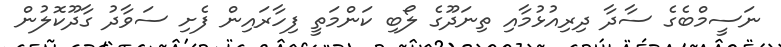
ނަސީމްބެގެ ސާދާ ދިރިއުޅުމާއި ތިނަދޫގެ ލޯބި ކަންމަތީ ފިހާރައިން ފެށި ސަވާދު ގާދޫކޮލުން